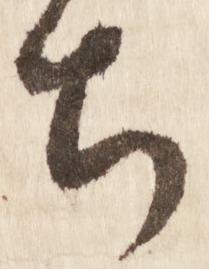
ち